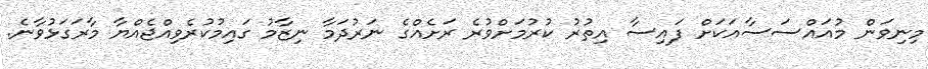
މިނިވަން މުއައްސަސާއަަކަށް ފައިސާ އިތުރު ކުރުމަށްވުރެ ރަށެއްގެ ނަރުދަމާ ނިޒާމު ގައިމުކުރެވިއްޖެއްޔާ މާރަގަޅުވާނެ.